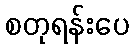
စတုရန်းပေ